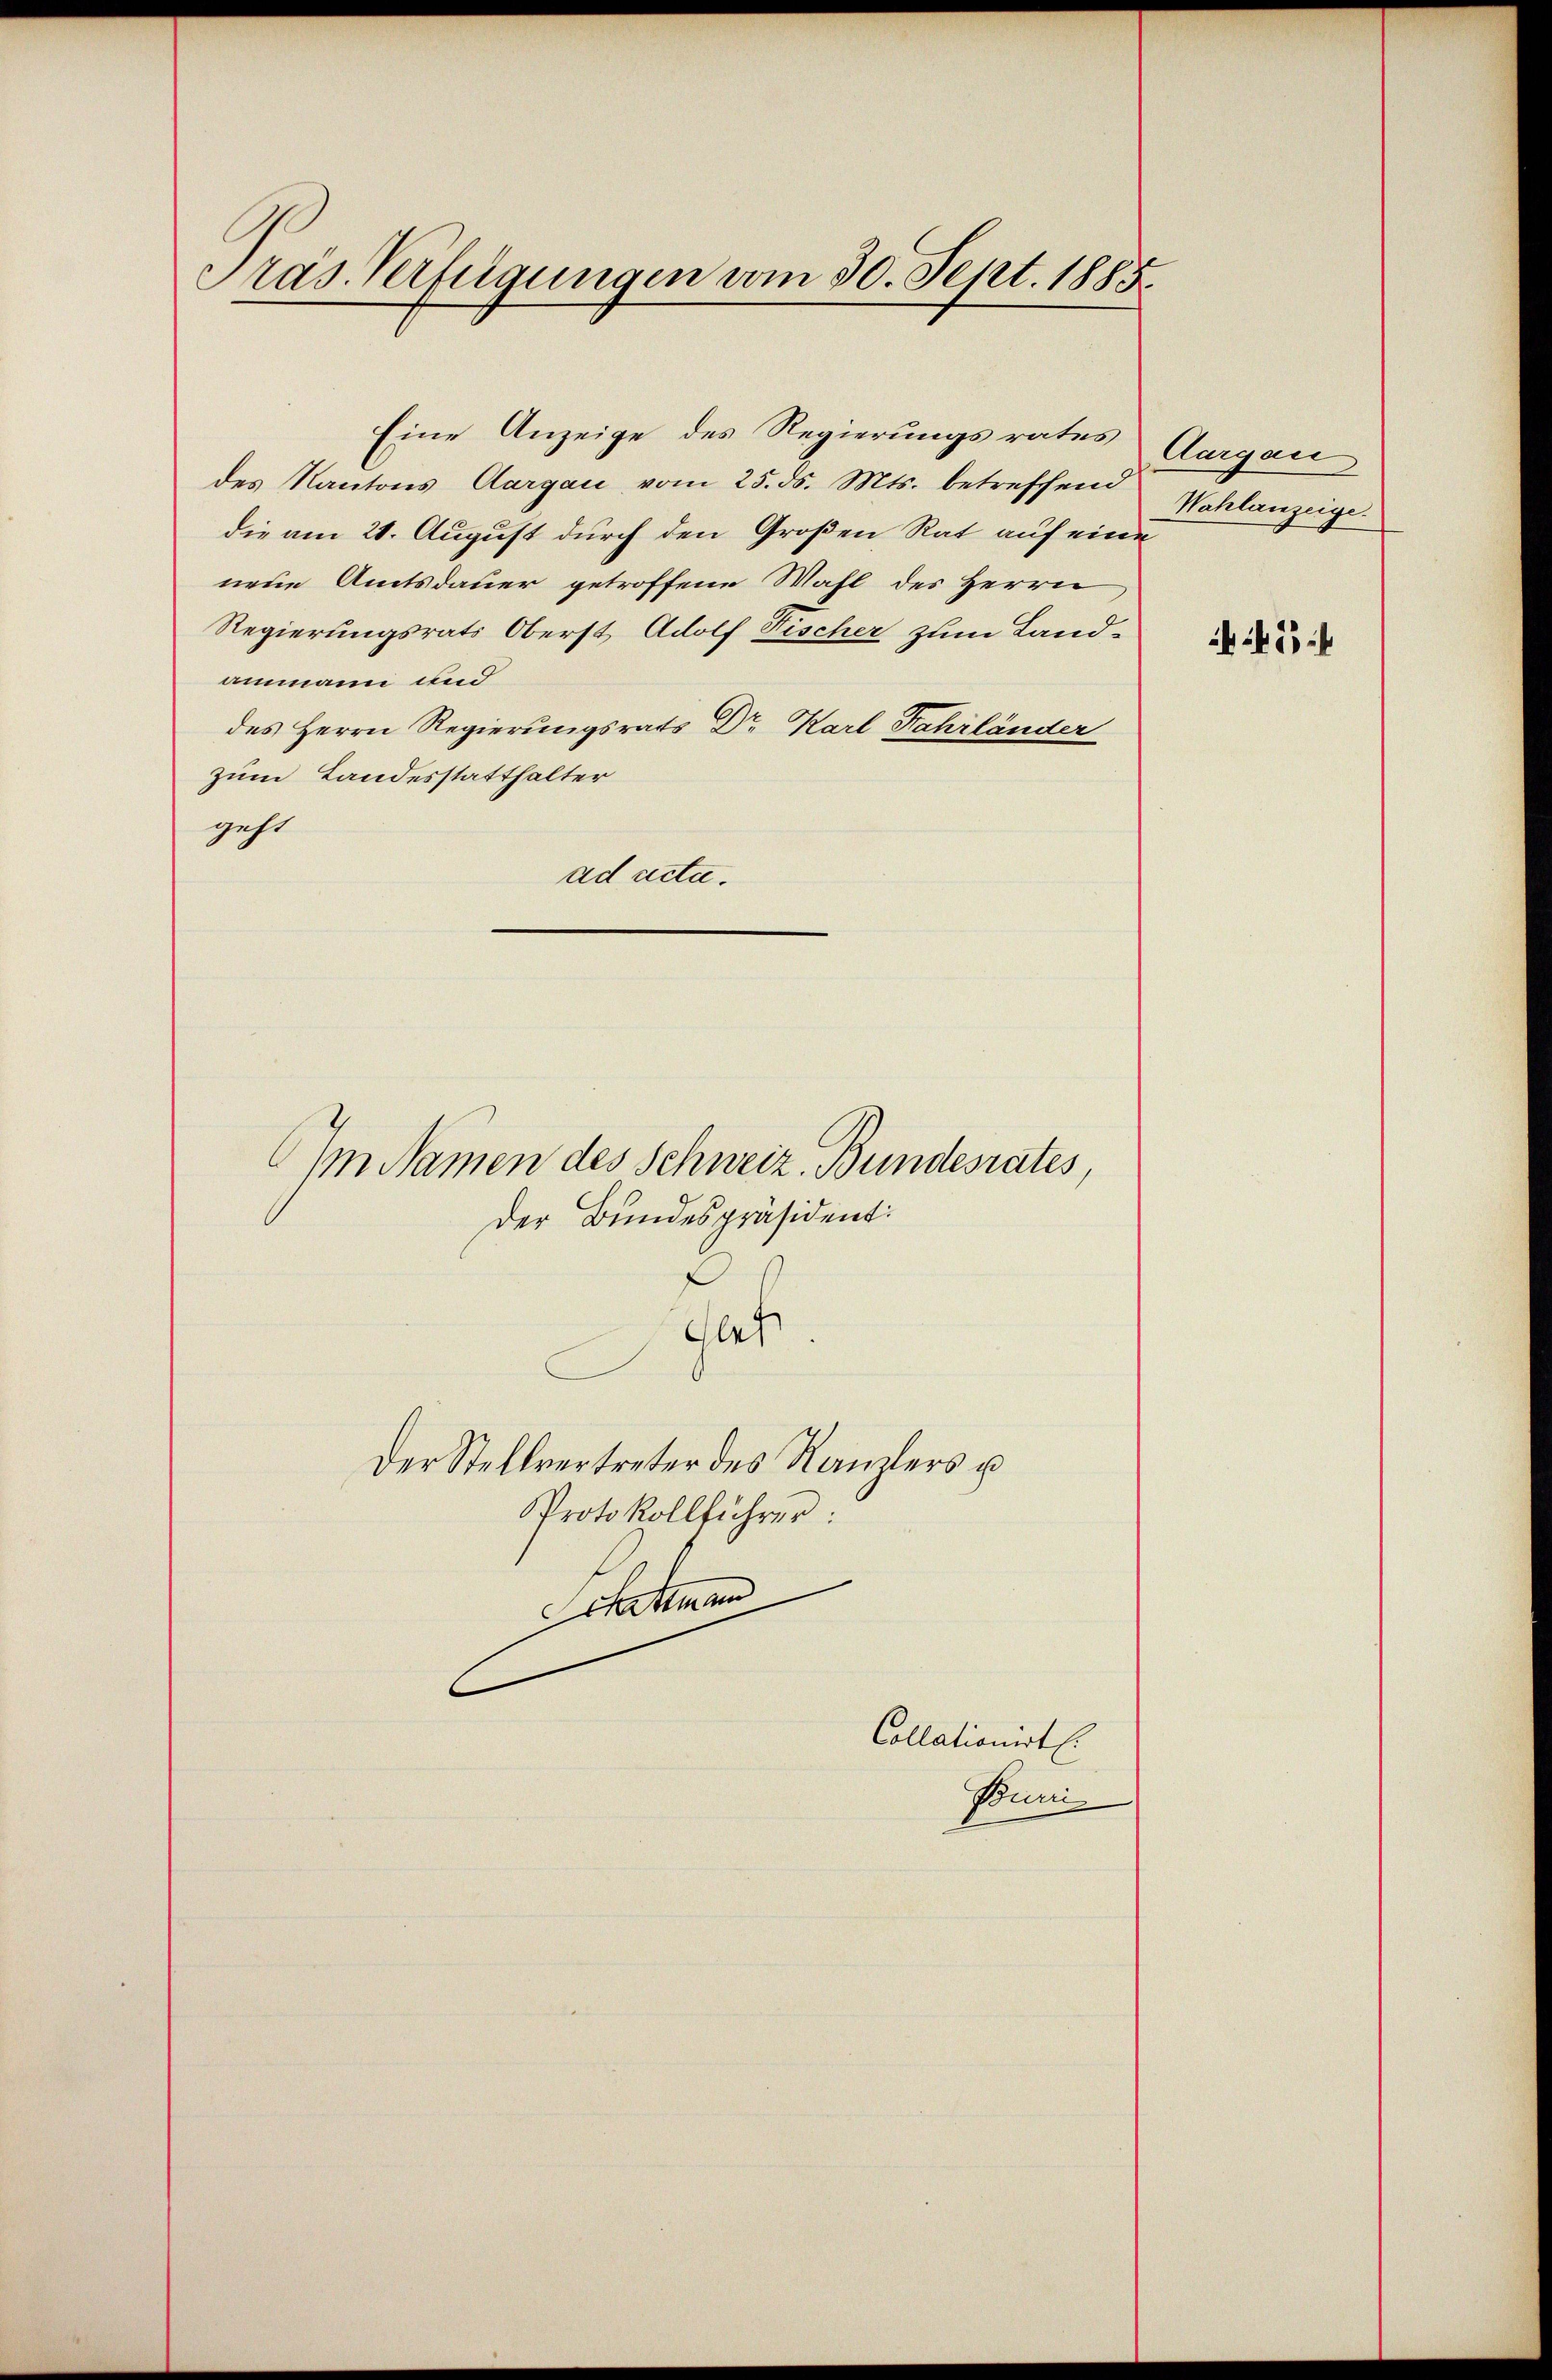
Pras Verfügungen vom 30. Sept. 1885.

Eine Anzeige des Regierungsrates
des Kantons Aargau vom 25. ds. Mts. betreffend
die am 21. August durch den Großen Rat auf eine
neue Amtsdauer getroffene Wahl des Herrn
Regierungsrats Oberst Adolf Fischer zum Land-
ammann und
des Herrn Regierungsrats Dr. Karl Fahrländer
zum Landesstatthalter
geht
ad acta.
Im Namen des Schweiz. Bundesrates,
Der Bundespräsident:
Gat
Der Stellvertreter des Kanzlers u
Protokollführer:
Schattman
.

Collationirt.
Buni

Aargau
Wahlanzeige.

245 f